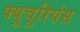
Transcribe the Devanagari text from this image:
फ्यूचूरियंस